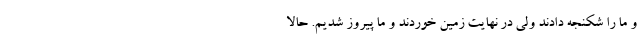
و ما را شکنجه دادند ولی در نهایت زمین خوردند و ما پیروز شدیم. حالا